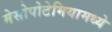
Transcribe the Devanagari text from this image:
मेसोपोटेमियामध्ये